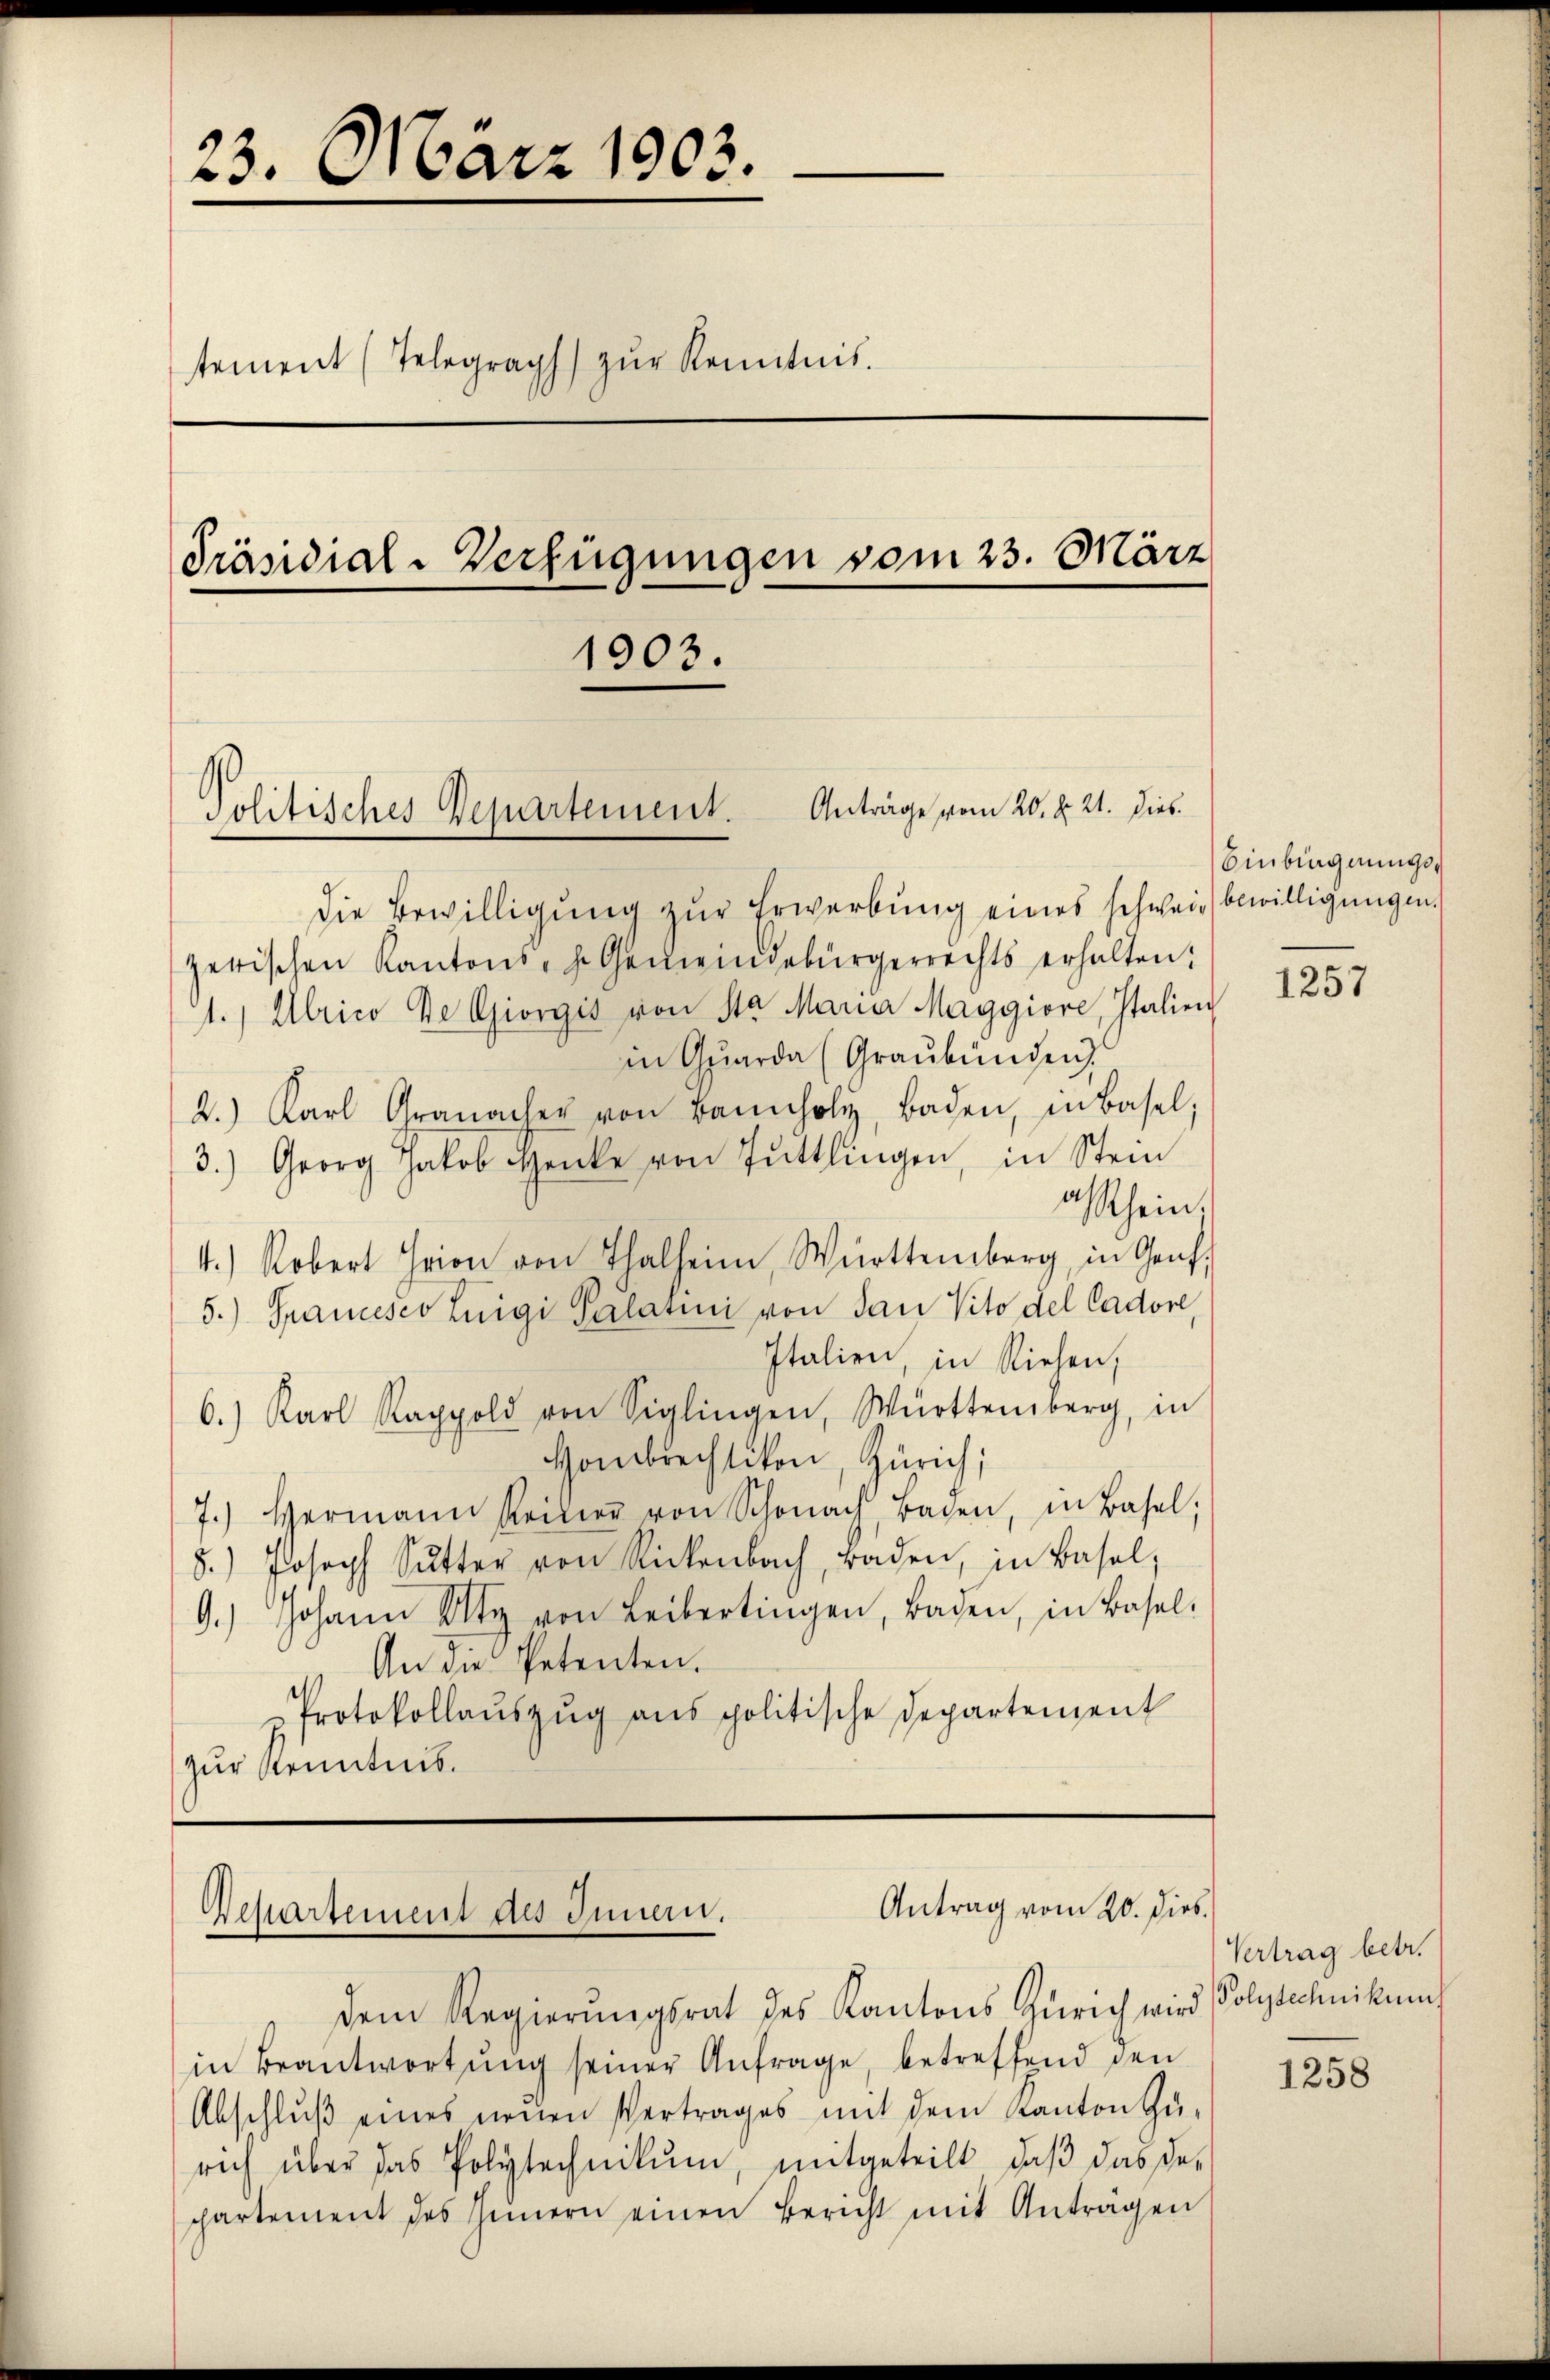
—
23. März 1903.
tement (Telegraph) zŭr Kenntnis.
Präsidial-Verfügungen vom 23. März
1903.
Politisches Departement. Anträge vom 20. d. 21. dies

Antrag vom 20. Dies.
Departement des Innern.

Die Bewilligung zur Erwerbung eines schweiz bewilligungen.
zerischen Kantons- h. Gemeindebürgerrechts erhalten;
1.) Ulrico De Giorgis von Sta Maria Maggiore, Italien
in Quarda (Graubünden
2.) Karl Granacher von Bannholz, Baden, in Basel,
3.) Georg Jakob Henke von Tuttlingen, in Stein
asschein,
4.) Robert Hrion von Thalheim, Württemberg, in Genf,
5.) Francesco Luigi Palatini von San Vito del Cadore,
Italien, in Riehen,
6.) Karl Rappold von Siglingen, Württemberg, in
Hombrechtikon, Zürich,
7.) Hermann keiner von Schonach, Baden, in Basel,
8.) Joseph Sŭtter von Rickenbach, Baden, in Basel,
9.) Johann Ulty von Leibertingen, Baden, in Basel-
An die Petenten.
Protokollaŭszŭg ans politische Departement
zur Kenntnis.

dem Regierungsrat des Kantons Zürich wird (Polytechnikum
in Beantwortŭng seiner Anfrage, betreffend den
Abschlŭβ eines neuen Vertrages mit dem Kanton Zu-
rich über das Polytechnikum, mitgeteilt, daβ das de-
partement des Innern einen Bericht mit Antragen

Einbingnungs¬

1257

Vertrag betr.

1258